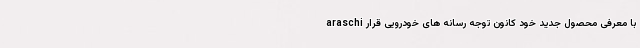
araschi با معرفی محصول جدید خود کانون توجه رسانه های خودرویی قرار